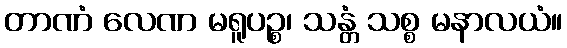
တာဏံ လေဏ မရူပဉ္စ၊ သန္တံ သစ္စ မနာလယံ။